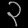
Digit: ၃